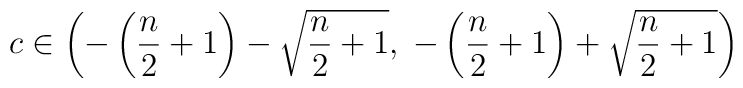
c \in \left( -\left({n\over 2}+1\right) - \sqrt{{n\over 2}+1} ,\; -\left({n\over 2}+1\right) + \sqrt{{n\over 2}+1}\right)